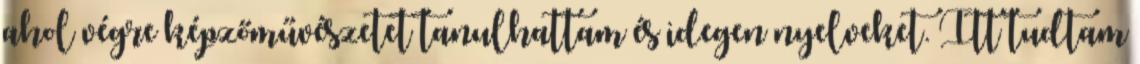
ahol végre képzőművészetet tanulhattam és idegen nyelveket. Itt tudtam